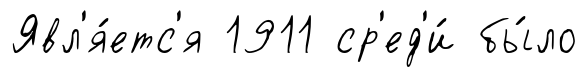
Явл'я́етс'я 1911 ср'ед'и́ бы́ло